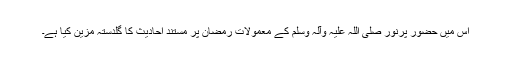
اس میں حضور پُرنور صلی اللہ علیہ وآلہ وسلم کے معمولاتِ رمضان پر مستند احادیث کا گلدستہ مزین کیا ہے۔